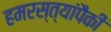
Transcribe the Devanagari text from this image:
हमरस्त्यांपैकी